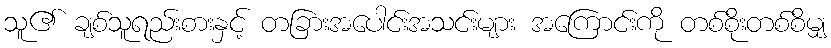
သူ၏ ချစ်သူရည်းစားနှင့် တခြားအပေါင်းအသင်းများ အကြောင်းကို တစ်စိုးတစ်စိမျှ